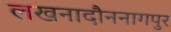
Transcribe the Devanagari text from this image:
लखनादौननागपुर